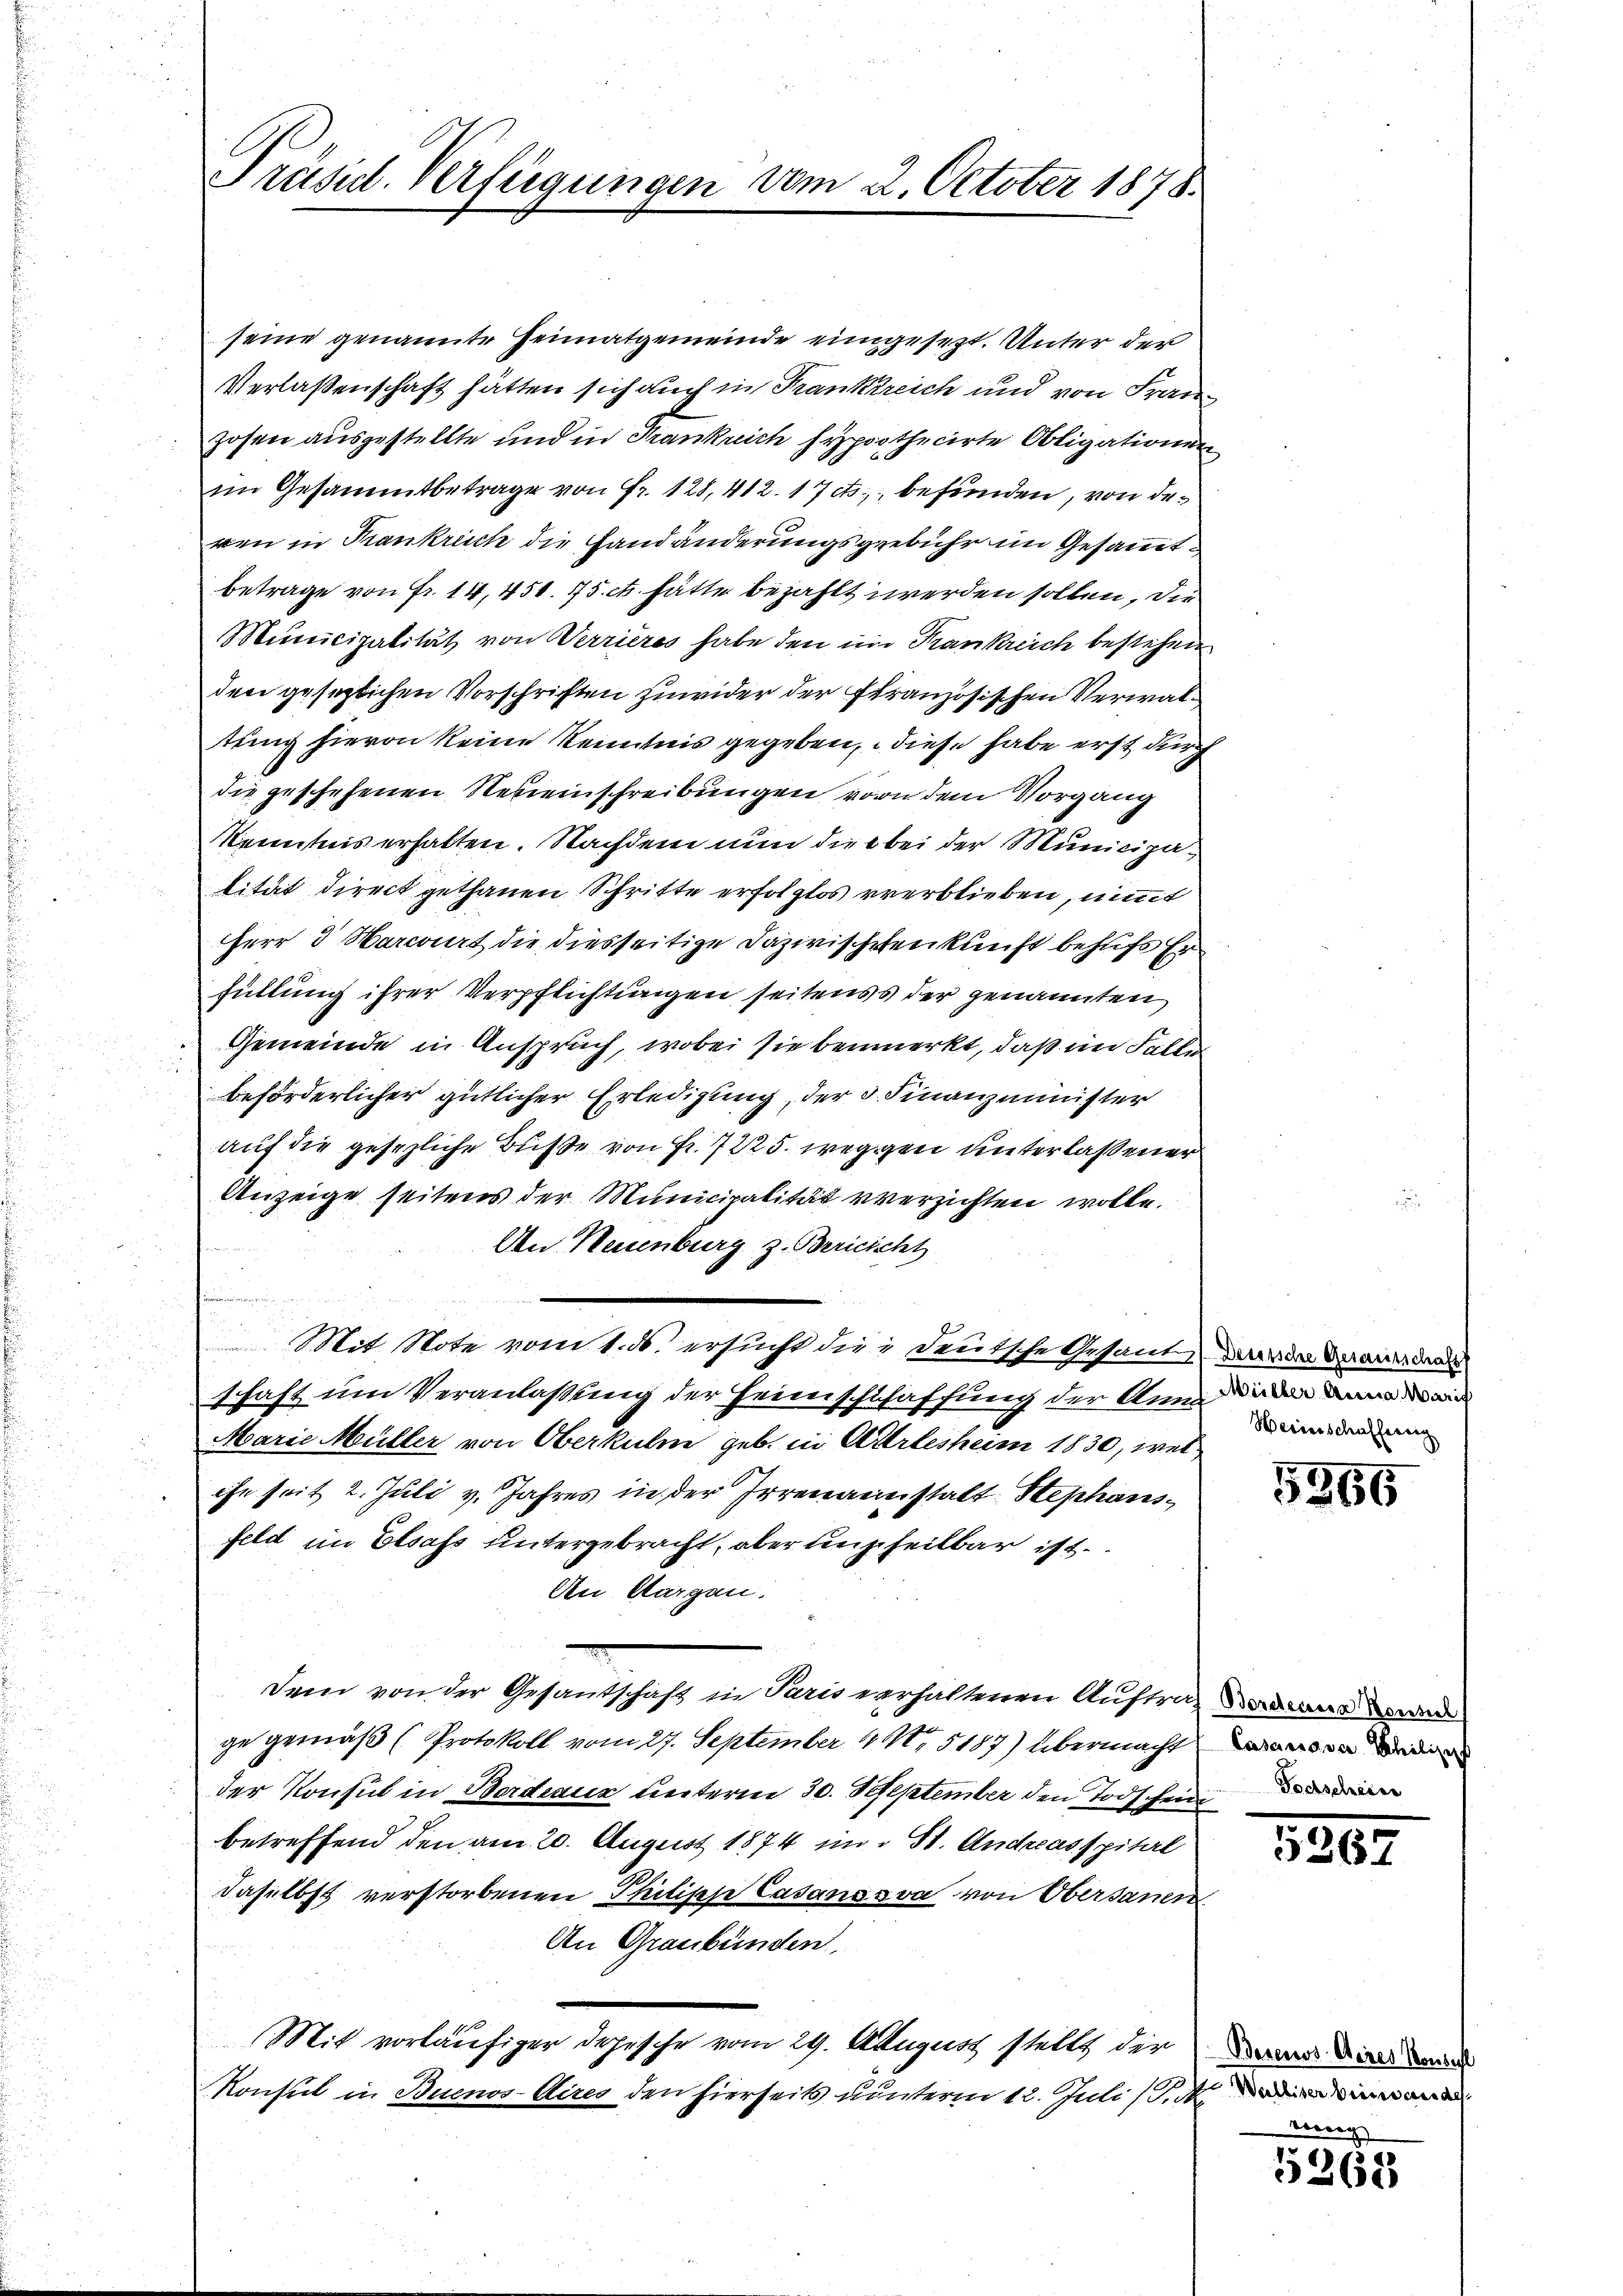
Präsid. Verfügungen vom 2. October 1878

seine genannte Heimatgemeinde eingesezt. Unter der
Verlaßenschaft hätten sich auch in Frankreich und von Fran
Hosen ausgestellte und in Krankreich hypothecirte Obligationen
im Gesammtbetrage von Fr. 128, 412. 17 ts., befunden, von den
ren in Krankreich die Handänderungsgebühr im Gesammtbetrage von Fr. 14, 450. 75 ct. hätte bezahlt werden sollen, die
Municipalität von Verrieres habe den im Trankreich bestehen
den gesezlichen Vorschriften zuwider der französischen Verwaltung hievon keine Kenntnis gegeben, diese habe erst durch
die geschehenen Neueinschreibungen von dem Vorgang
Kenntnis erhalten. Nachdem nun die bei der Municipalität direct gethanen Schritte erfolglos verblieben, nimmt
Herr 3 Marcourt die diesseitige Dazwischehenkunft behufs Erfüllung ihrer Verpflichtungen seitens der genannten
Gemeinde in Anspruch, wobei sie bemerkt, daß im Falle
20
beförderlicher gütlicher Erledigung, der 3. Finanzminister
auf die gesezliche Buße von Fr. 7225. weggen unterlaßener
Anzeige seitens der Municipalität verzichten wolle.
An Neuenburg z. Bericicht
n
Mit Note vom 1. ds. ersucht die deutsche Gesand daran dann den
schaft um Veranlaßung der Heimschuhaffung der Anerina an wir
Marie Müller von Oberkulm geb. in Arlesheim 1830, welihe seit 2. Juli v. Jahres in der Irrenanstalt Stephansfeld im Elsass untergebracht, aber untheilbar ist.
An Aargau.
Dem von der Gesandschaft in Paris verhaltenen Auftrag drang der
ge gemäß (Protokoll vom 27. September 1. 5187) übermachten
der Konsul in Bordeaus unterm 30. Seseptember den Todschein
betreffend den am 20. August 1874 im St. Andreasspital
daselbst verstorbenen Philische Casans sa von Obersanen
An Graubünden,
Mit vorläufiger Depische vom 29. August stellt der
Konsul in Buenos-Aires den hierseits unterm 12. Juli (S. 3

Weinschaffung

5356

Tochscheines

1203

Besenos Aires Konsul
t Walliser diesen werde

1